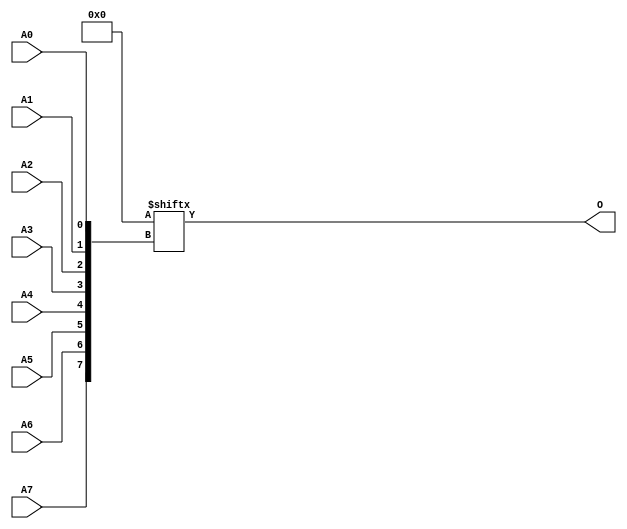
module ROM256X1 (
  output O,
  input A0, A1, A2, A3, A4, A5, A6, A7
);
  parameter [255:0] INIT = 256'h0;
  assign O = INIT[{A7, A6, A5, A4, A3, A2, A1, A0}];
endmodule